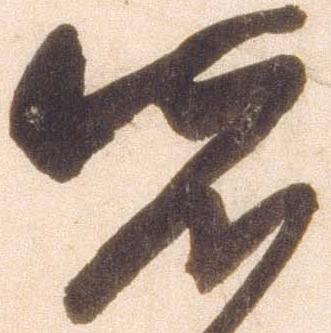
先